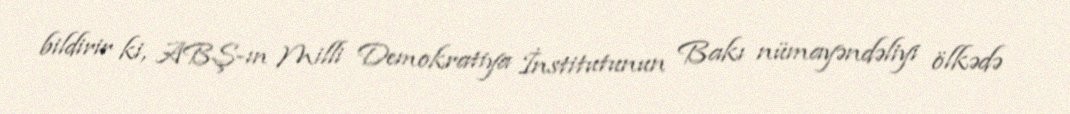
bildirir ki, ABŞ-ın Milli Demokratiya İnstitutunun Bakı nümayəndəliyi ölkədə